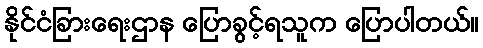
နိုင်ငံခြားရေးဌာန ပြောခွင့်ရသူက ပြောပါတယ်။